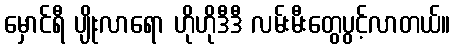
မှောင်ရီ ပျိုးလာရော ဟိုဟိုဒီဒီ လမ်းမီးတွေပွင့်လာတယ်။